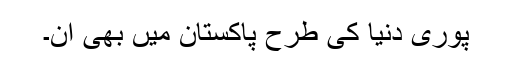
پوری دنیا کی طرح پاکستان میں بھی ان۔